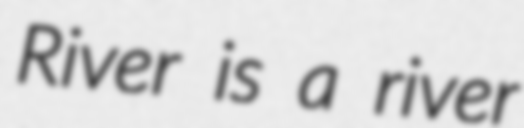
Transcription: River is a river